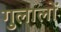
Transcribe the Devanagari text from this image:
गुलालों